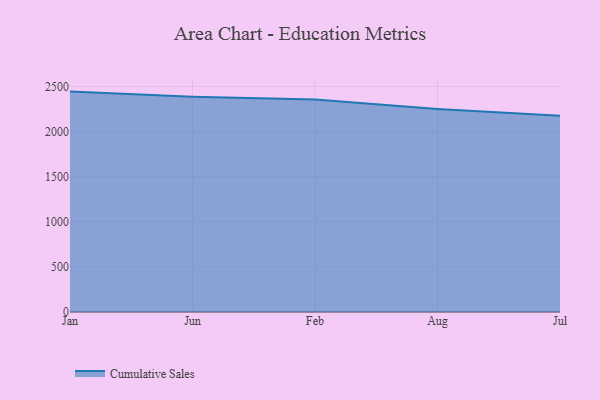
{"axis": {"x": "Month", "y": "Waste Production (Tons)"}, "legend": ["Cumulative Sales"], "data": [{"x": "Jan", "y": 2443.4, "type": "Cumulative Sales"}, {"x": "Jun", "y": 2386.9, "type": "Cumulative Sales"}, {"x": "Feb", "y": 2354.5, "type": "Cumulative Sales"}, {"x": "Aug", "y": 2251.2, "type": "Cumulative Sales"}, {"x": "Jul", "y": 2175.7, "type": "Cumulative Sales"}]}